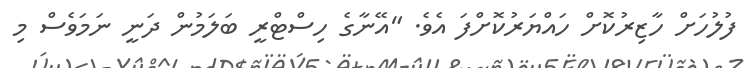
ފުލުހަށް ހާޒިރުކޮށް ހައްޔަރުކޮށްފަ އެވެ. "އޭނާގެ ހިސްޓްރީ ބަލަމުން ދަނީ ނަމަވެސް މި